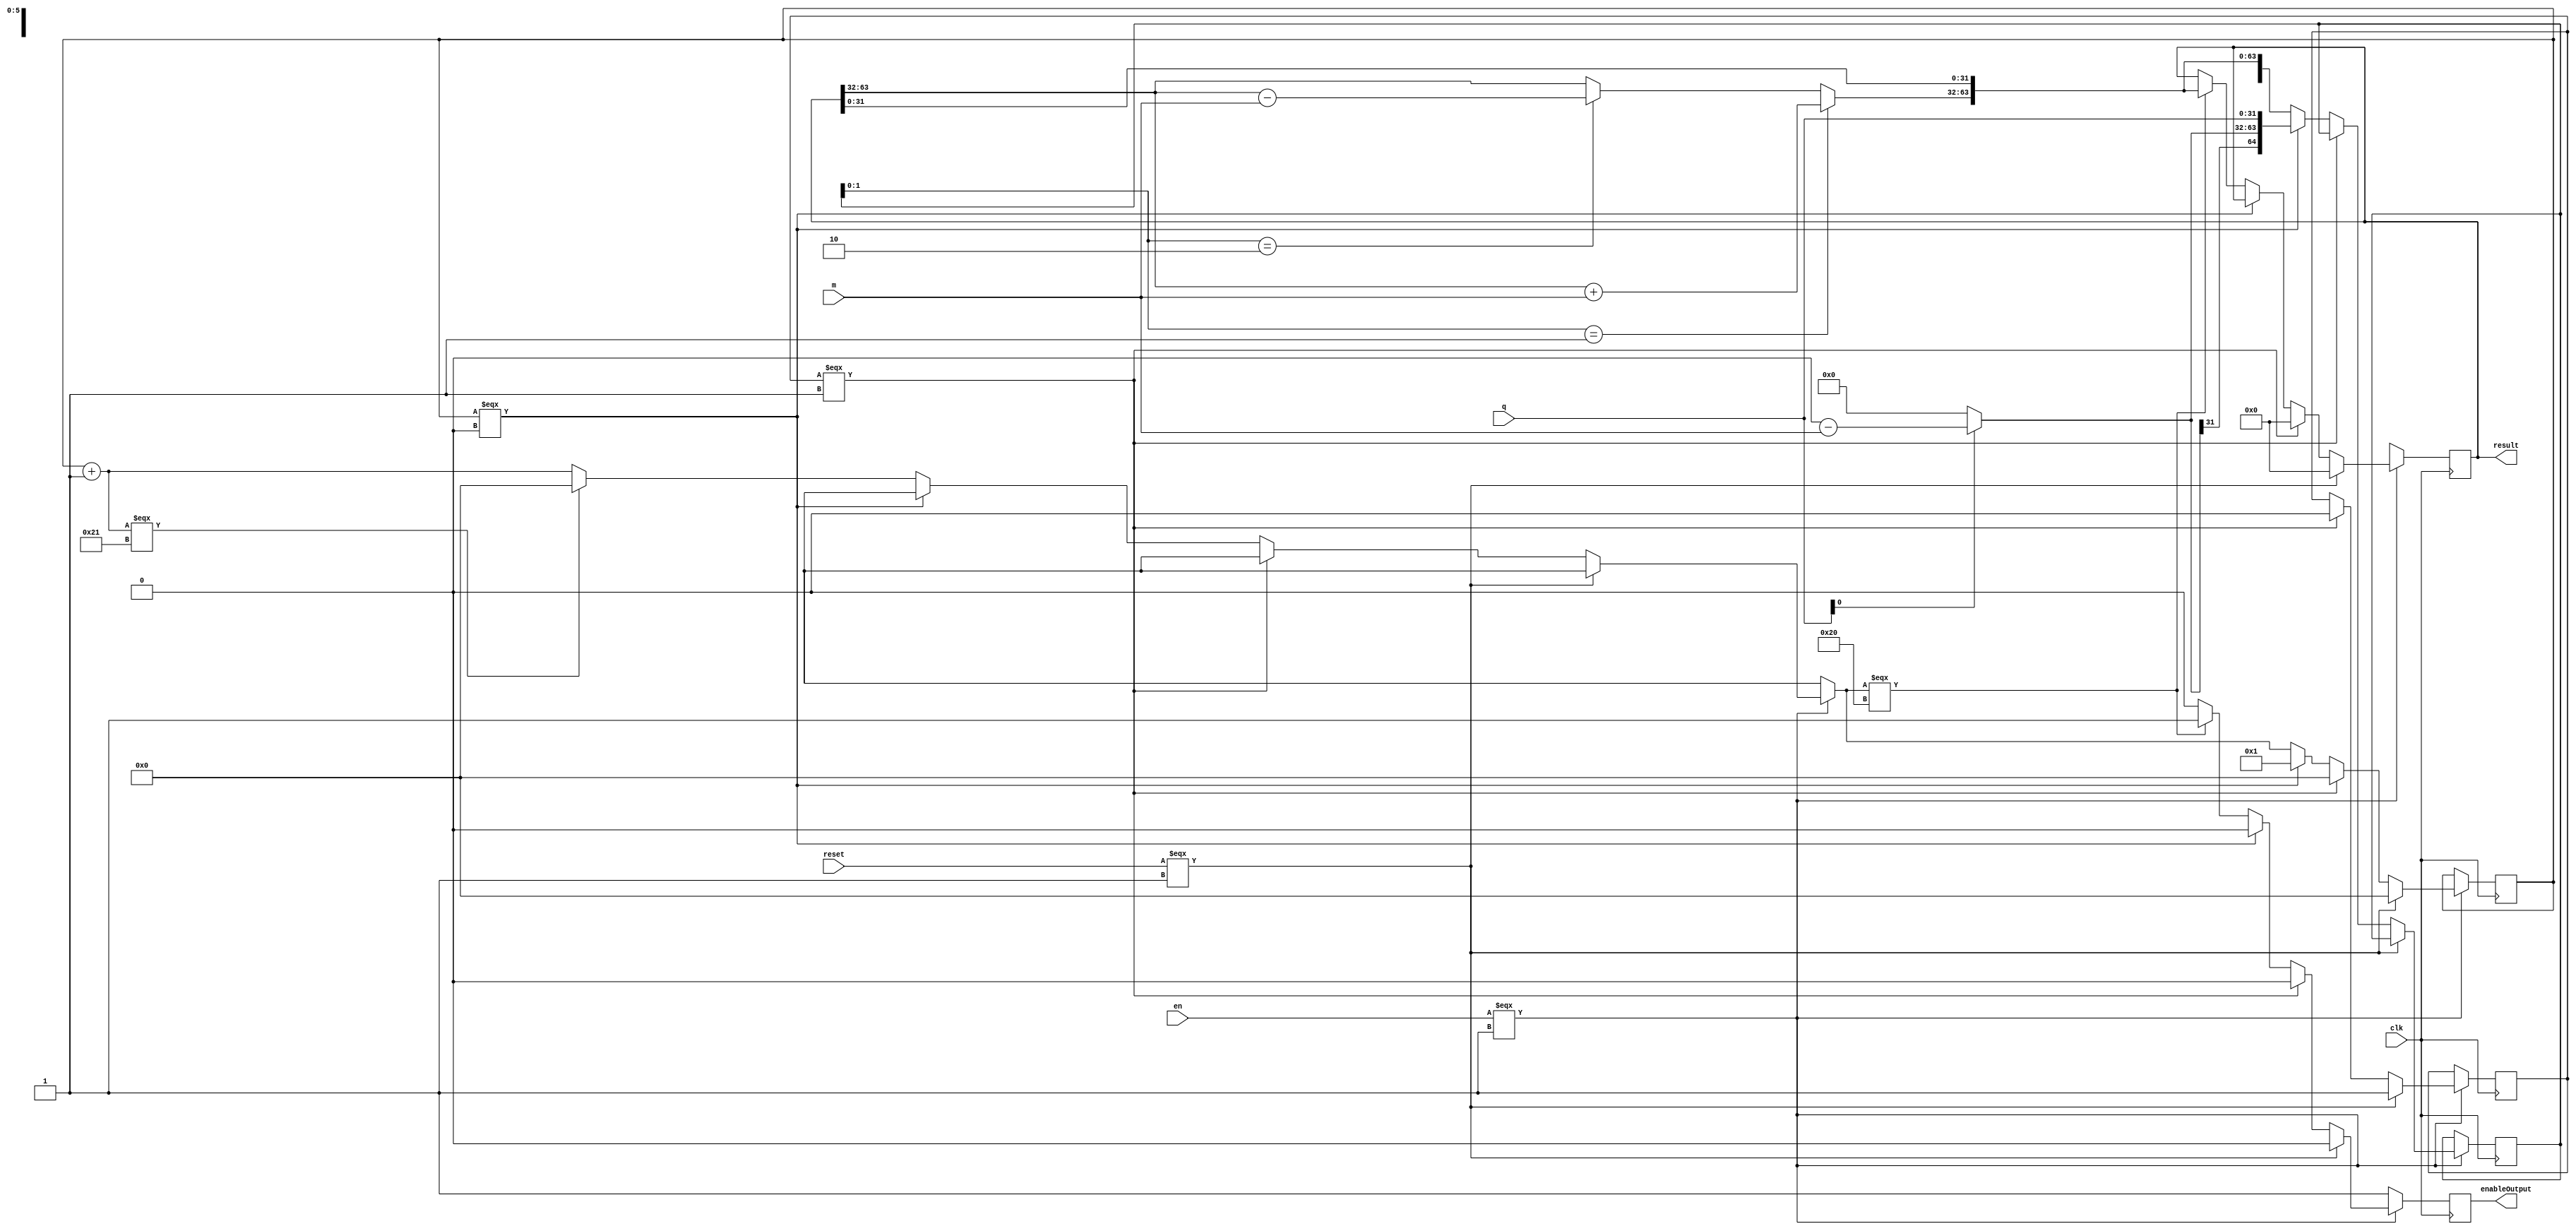
module boothmultiplier (input [31:0] m, input [31:0] q, input clk, input reset, input en, output reg [63:0] result, output reg enableOutput);

reg resetReg;
reg [5:0] counter;

reg [64:0]res=0;
assign result = res[64:1];

always @(posedge clk) begin
enableOutput = 0;
if (en === 1'b1) begin
if (reset === 1'b1) begin
counter = 0;
result = 0;
resetReg = 1;
end
else if (resetReg === 1'b1) begin
counter = 0;
result = 0;
resetReg = 0; // make it waits 1 cycle after reset is gone to 0 to get right data
end
else if (counter === 0)begin
res = {32'b0,q,1'b0};
if(res[1:0] == 2'b01)begin
res[64:33] = res[64:33] + m;
end
else if(res[1:0] == 2'b10) begin
res[64:33] = res[64:33] - m;
end
res = {res[64], res[64:1]};
counter = 1;
end
else begin
if(res[1:0] == 2'b01)begin
res[64:33] = res[64:33] + m;
end
else if(res[1:0] == 2'b10) begin
res[64:33] = res[64:33] - m;
end
res = {res[64], res[64:1]};
counter = counter + 1;
if (counter === 6'd33) begin
counter = 0;
end
if (counter === 6'd32) begin 
result = res; // last iteration
// make one cycle delay for getting input data right
enableOutput = 1; // write the previos result out to the out register
end
end
end
else begin
result = 64'bx;
enableOutput = 1;
end
end


endmodule